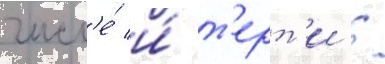
числ'е́ и́ т'ерт'и /